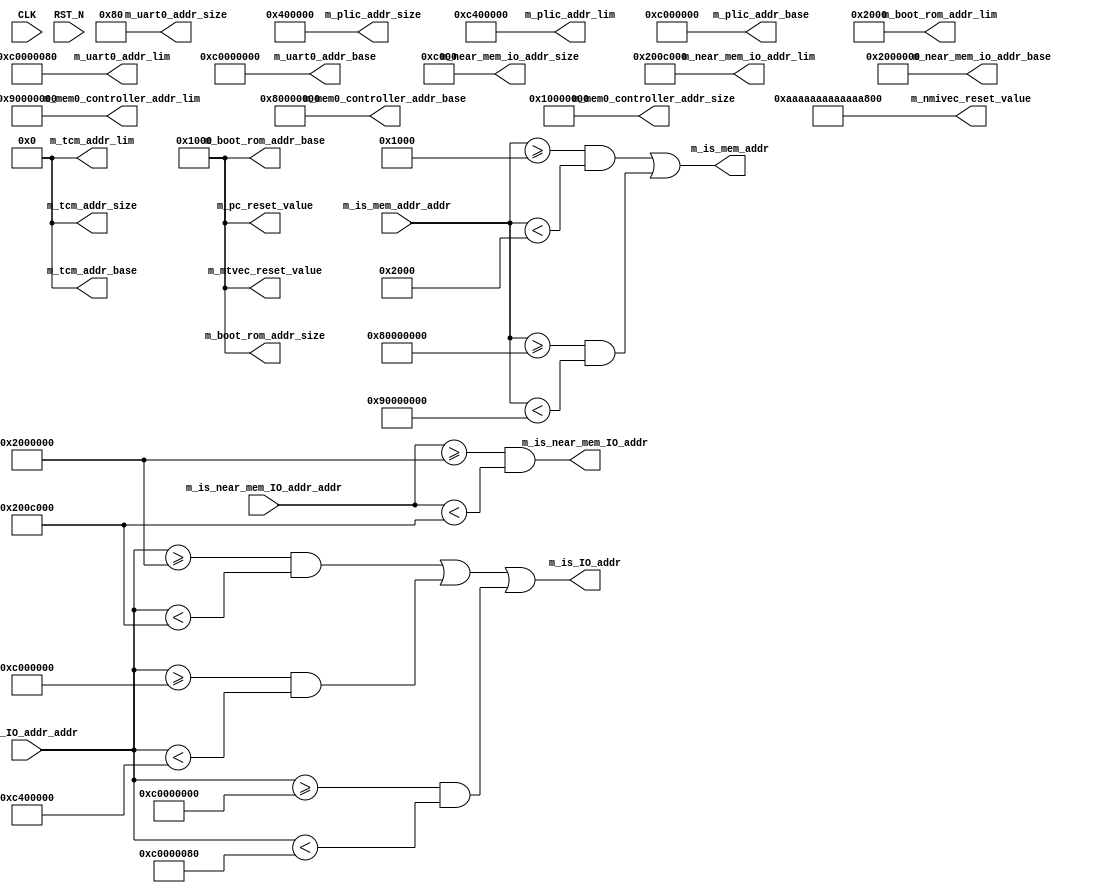
// This program was cloned from: https://github.com/bluespec/Piccolo
// License: Apache License 2.0

//
// Generated by Bluespec Compiler (build 0fccbb13)
//
//
// Ports:
// Name                         I/O  size props
// m_near_mem_io_addr_base        O    64 const
// m_near_mem_io_addr_size        O    64 const
// m_near_mem_io_addr_lim         O    64 const
// m_plic_addr_base               O    64 const
// m_plic_addr_size               O    64 const
// m_plic_addr_lim                O    64 const
// m_uart0_addr_base              O    64 const
// m_uart0_addr_size              O    64 const
// m_uart0_addr_lim               O    64 const
// m_boot_rom_addr_base           O    64 const
// m_boot_rom_addr_size           O    64 const
// m_boot_rom_addr_lim            O    64 const
// m_mem0_controller_addr_base    O    64 const
// m_mem0_controller_addr_size    O    64 const
// m_mem0_controller_addr_lim     O    64 const
// m_tcm_addr_base                O    64 const
// m_tcm_addr_size                O    64 const
// m_tcm_addr_lim                 O    64 const
// m_is_mem_addr                  O     1
// m_is_IO_addr                   O     1
// m_is_near_mem_IO_addr          O     1
// m_pc_reset_value               O    64 const
// m_mtvec_reset_value            O    64 const
// m_nmivec_reset_value           O    64 const
// CLK                            I     1 unused
// RST_N                          I     1 unused
// m_is_mem_addr_addr             I    64
// m_is_IO_addr_addr              I    64
// m_is_near_mem_IO_addr_addr     I    64
//
// Combinational paths from inputs to outputs:
//   m_is_mem_addr_addr -> m_is_mem_addr
//   m_is_IO_addr_addr -> m_is_IO_addr
//   m_is_near_mem_IO_addr_addr -> m_is_near_mem_IO_addr
//
//

`ifdef BSV_ASSIGNMENT_DELAY
`else
  `define BSV_ASSIGNMENT_DELAY
`endif

`ifdef BSV_POSITIVE_RESET
  `define BSV_RESET_VALUE 1'b1
  `define BSV_RESET_EDGE posedge
`else
  `define BSV_RESET_VALUE 1'b0
  `define BSV_RESET_EDGE negedge
`endif

module mkSoC_Map(CLK,
		 RST_N,

		 m_near_mem_io_addr_base,

		 m_near_mem_io_addr_size,

		 m_near_mem_io_addr_lim,

		 m_plic_addr_base,

		 m_plic_addr_size,

		 m_plic_addr_lim,

		 m_uart0_addr_base,

		 m_uart0_addr_size,

		 m_uart0_addr_lim,

		 m_boot_rom_addr_base,

		 m_boot_rom_addr_size,

		 m_boot_rom_addr_lim,

		 m_mem0_controller_addr_base,

		 m_mem0_controller_addr_size,

		 m_mem0_controller_addr_lim,

		 m_tcm_addr_base,

		 m_tcm_addr_size,

		 m_tcm_addr_lim,

		 m_is_mem_addr_addr,
		 m_is_mem_addr,

		 m_is_IO_addr_addr,
		 m_is_IO_addr,

		 m_is_near_mem_IO_addr_addr,
		 m_is_near_mem_IO_addr,

		 m_pc_reset_value,

		 m_mtvec_reset_value,

		 m_nmivec_reset_value);
  input  CLK;
  input  RST_N;

  // value method m_near_mem_io_addr_base
  output [63 : 0] m_near_mem_io_addr_base;

  // value method m_near_mem_io_addr_size
  output [63 : 0] m_near_mem_io_addr_size;

  // value method m_near_mem_io_addr_lim
  output [63 : 0] m_near_mem_io_addr_lim;

  // value method m_plic_addr_base
  output [63 : 0] m_plic_addr_base;

  // value method m_plic_addr_size
  output [63 : 0] m_plic_addr_size;

  // value method m_plic_addr_lim
  output [63 : 0] m_plic_addr_lim;

  // value method m_uart0_addr_base
  output [63 : 0] m_uart0_addr_base;

  // value method m_uart0_addr_size
  output [63 : 0] m_uart0_addr_size;

  // value method m_uart0_addr_lim
  output [63 : 0] m_uart0_addr_lim;

  // value method m_boot_rom_addr_base
  output [63 : 0] m_boot_rom_addr_base;

  // value method m_boot_rom_addr_size
  output [63 : 0] m_boot_rom_addr_size;

  // value method m_boot_rom_addr_lim
  output [63 : 0] m_boot_rom_addr_lim;

  // value method m_mem0_controller_addr_base
  output [63 : 0] m_mem0_controller_addr_base;

  // value method m_mem0_controller_addr_size
  output [63 : 0] m_mem0_controller_addr_size;

  // value method m_mem0_controller_addr_lim
  output [63 : 0] m_mem0_controller_addr_lim;

  // value method m_tcm_addr_base
  output [63 : 0] m_tcm_addr_base;

  // value method m_tcm_addr_size
  output [63 : 0] m_tcm_addr_size;

  // value method m_tcm_addr_lim
  output [63 : 0] m_tcm_addr_lim;

  // value method m_is_mem_addr
  input  [63 : 0] m_is_mem_addr_addr;
  output m_is_mem_addr;

  // value method m_is_IO_addr
  input  [63 : 0] m_is_IO_addr_addr;
  output m_is_IO_addr;

  // value method m_is_near_mem_IO_addr
  input  [63 : 0] m_is_near_mem_IO_addr_addr;
  output m_is_near_mem_IO_addr;

  // value method m_pc_reset_value
  output [63 : 0] m_pc_reset_value;

  // value method m_mtvec_reset_value
  output [63 : 0] m_mtvec_reset_value;

  // value method m_nmivec_reset_value
  output [63 : 0] m_nmivec_reset_value;

  // signals for module outputs
  wire [63 : 0] m_boot_rom_addr_base,
		m_boot_rom_addr_lim,
		m_boot_rom_addr_size,
		m_mem0_controller_addr_base,
		m_mem0_controller_addr_lim,
		m_mem0_controller_addr_size,
		m_mtvec_reset_value,
		m_near_mem_io_addr_base,
		m_near_mem_io_addr_lim,
		m_near_mem_io_addr_size,
		m_nmivec_reset_value,
		m_pc_reset_value,
		m_plic_addr_base,
		m_plic_addr_lim,
		m_plic_addr_size,
		m_tcm_addr_base,
		m_tcm_addr_lim,
		m_tcm_addr_size,
		m_uart0_addr_base,
		m_uart0_addr_lim,
		m_uart0_addr_size;
  wire m_is_IO_addr, m_is_mem_addr, m_is_near_mem_IO_addr;

  // value method m_near_mem_io_addr_base
  assign m_near_mem_io_addr_base = 64'h0000000002000000 ;

  // value method m_near_mem_io_addr_size
  assign m_near_mem_io_addr_size = 64'h000000000000C000 ;

  // value method m_near_mem_io_addr_lim
  assign m_near_mem_io_addr_lim = 64'd33603584 ;

  // value method m_plic_addr_base
  assign m_plic_addr_base = 64'h000000000C000000 ;

  // value method m_plic_addr_size
  assign m_plic_addr_size = 64'h0000000000400000 ;

  // value method m_plic_addr_lim
  assign m_plic_addr_lim = 64'd205520896 ;

  // value method m_uart0_addr_base
  assign m_uart0_addr_base = 64'h00000000C0000000 ;

  // value method m_uart0_addr_size
  assign m_uart0_addr_size = 64'h0000000000000080 ;

  // value method m_uart0_addr_lim
  assign m_uart0_addr_lim = 64'h00000000C0000080 ;

  // value method m_boot_rom_addr_base
  assign m_boot_rom_addr_base = 64'h0000000000001000 ;

  // value method m_boot_rom_addr_size
  assign m_boot_rom_addr_size = 64'h0000000000001000 ;

  // value method m_boot_rom_addr_lim
  assign m_boot_rom_addr_lim = 64'd8192 ;

  // value method m_mem0_controller_addr_base
  assign m_mem0_controller_addr_base = 64'h0000000080000000 ;

  // value method m_mem0_controller_addr_size
  assign m_mem0_controller_addr_size = 64'h0000000010000000 ;

  // value method m_mem0_controller_addr_lim
  assign m_mem0_controller_addr_lim = 64'h0000000090000000 ;

  // value method m_tcm_addr_base
  assign m_tcm_addr_base = 64'h0 ;

  // value method m_tcm_addr_size
  assign m_tcm_addr_size = 64'd0 ;

  // value method m_tcm_addr_lim
  assign m_tcm_addr_lim = 64'd0 ;

  // value method m_is_mem_addr
  assign m_is_mem_addr =
	     m_is_mem_addr_addr >= 64'h0000000000001000 &&
	     m_is_mem_addr_addr < 64'd8192 ||
	     m_is_mem_addr_addr >= 64'h0000000080000000 &&
	     m_is_mem_addr_addr < 64'h0000000090000000 ;

  // value method m_is_IO_addr
  assign m_is_IO_addr =
	     m_is_IO_addr_addr >= 64'h0000000002000000 &&
	     m_is_IO_addr_addr < 64'd33603584 ||
	     m_is_IO_addr_addr >= 64'h000000000C000000 &&
	     m_is_IO_addr_addr < 64'd205520896 ||
	     m_is_IO_addr_addr >= 64'h00000000C0000000 &&
	     m_is_IO_addr_addr < 64'h00000000C0000080 ;

  // value method m_is_near_mem_IO_addr
  assign m_is_near_mem_IO_addr =
	     m_is_near_mem_IO_addr_addr >= 64'h0000000002000000 &&
	     m_is_near_mem_IO_addr_addr < 64'd33603584 ;

  // value method m_pc_reset_value
  assign m_pc_reset_value = 64'h0000000000001000 ;

  // value method m_mtvec_reset_value
  assign m_mtvec_reset_value = 64'h0000000000001000 ;

  // value method m_nmivec_reset_value
  assign m_nmivec_reset_value = 64'hAAAAAAAAAAAAAAAA ;
endmodule  // mkSoC_Map